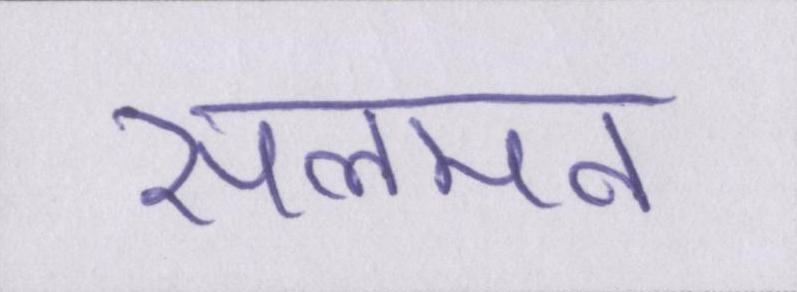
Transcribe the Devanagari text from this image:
सलमन